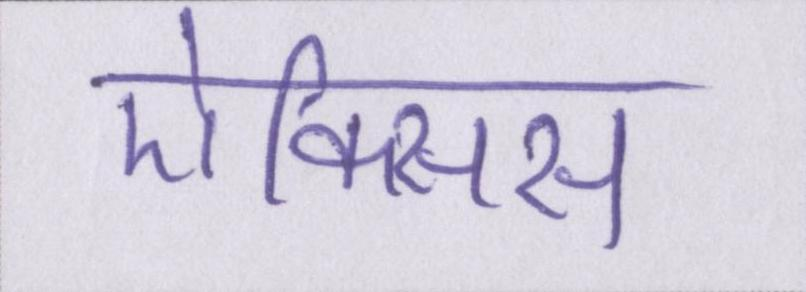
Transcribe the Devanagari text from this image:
ऐक्सिस